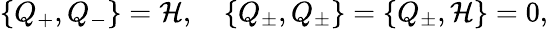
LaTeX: \{ Q_{+},Q_{-}\} ={{\cal H}},\quad\{ Q_{\pm},Q_{\pm}\} =\{ Q_{\pm},{\cal H}\} =0,